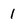
Character: 1